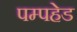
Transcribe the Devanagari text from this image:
पम्पहेड